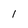
Character: 1